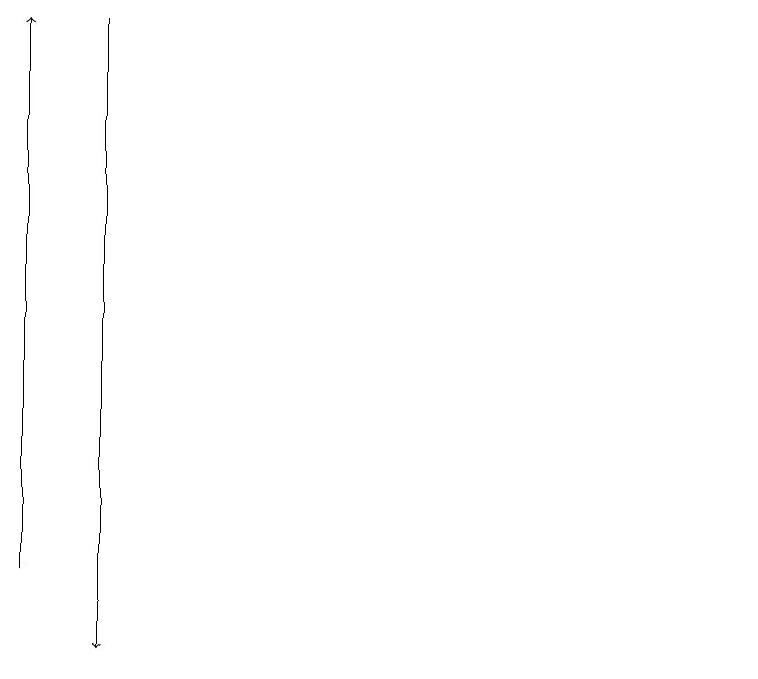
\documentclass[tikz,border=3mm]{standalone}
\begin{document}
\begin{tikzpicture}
\draw[->] (3,19) -- (3,11);
\draw (11,11) circle (0);
\draw[->] (2,12) -- (2,19);
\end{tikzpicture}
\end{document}